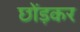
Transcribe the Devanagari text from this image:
छोंड़कर